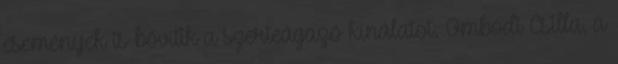
események is bővítik a szerteágazó kínálatot. Ombódi Csilla, a